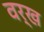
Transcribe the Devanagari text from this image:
वर्ख